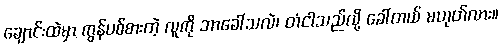
ချောင်းထဲမှာ ကွန်ပစ်စားတဲ့ လူကို ဘာခေါ်သလဲ၊ တံငါသည်လို့ ခေါ်တယ် မဟုတ်လား။